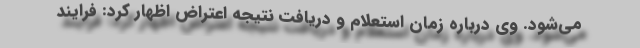
می‌شود. وی درباره زمان استعلام و دریافت نتیجه اعتراض اظهار کرد: فرایند